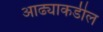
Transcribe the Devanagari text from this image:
आढ्याकडील